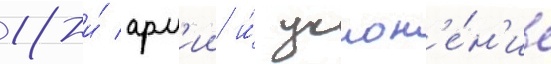
18-и́ арм'ии и́ уклон'е́н'ие